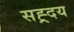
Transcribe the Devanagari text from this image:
सह्र्दय